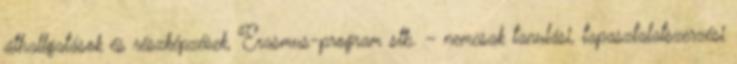
áthallgatások és részképzések, Erasmus-program stb. – nemcsak tanulási, tapasztalatszerzési